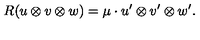
R ( u \otimes v \otimes w ) = \mu \cdot u ^ { \prime } \otimes v ^ { \prime } \otimes w ^ { \prime } .